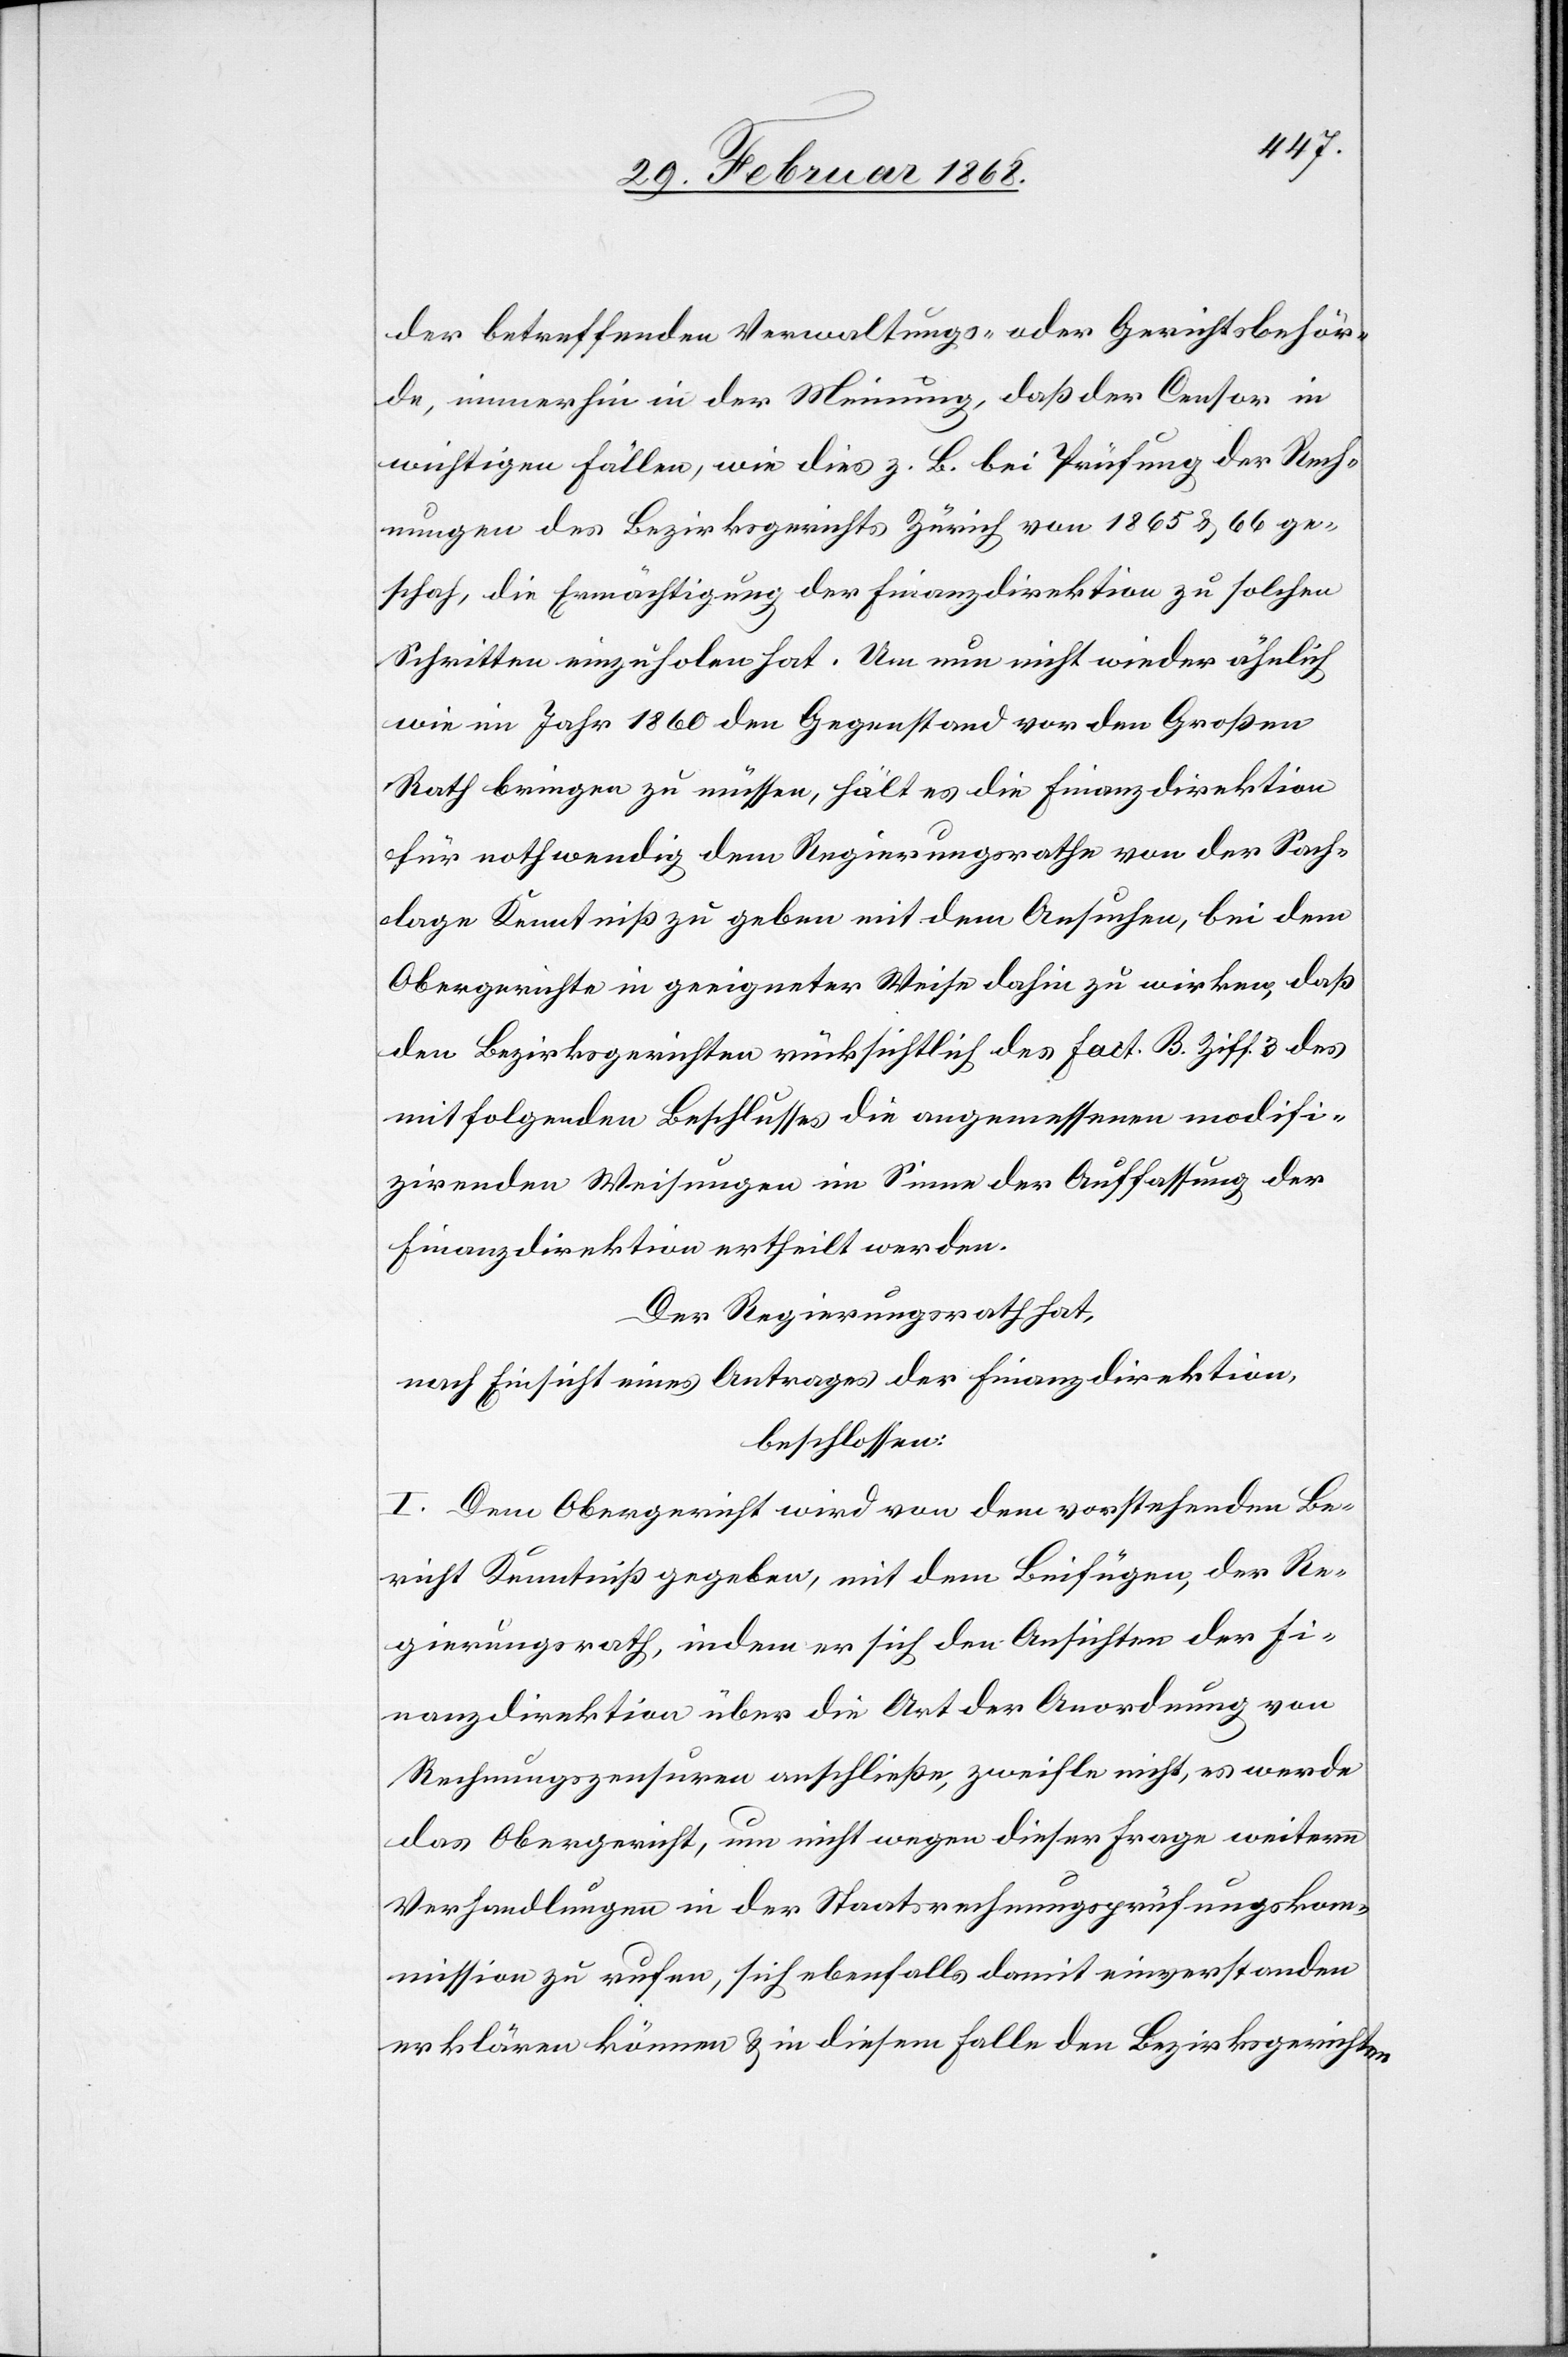
der betreffenden Verwaltungs- oder Gerichtsbehör¬
de, immerhin in der Meinung, daß der Censor in
wichtigen Fällen, wie dies z. B. bei Prüfung der Rech¬
nungen des Bezirksgerichts Zürich von 1865 & 66 ge¬
schah, die Ermächtigung der Finanzdirektion zu solchen
Schritten einzuholen hat. Um nun nicht wieder ähnlich
wie im Jahr 1860 den Gegenstand vor den Großen
Rath bringen zu müssen, hält es die Finanzdirektion
für nothwendig dem Regierungsrathe von der Sach¬
lage Kenntniß zu geben mit dem Ansuchen, bei dem
Obergerichte in geeigneter Weise dahin zu wirken, daß
den Bezirksgerichten rücksichtlich des Fact. B. Ziff. 3 des
mitfolgenden Beschlusses die angemessenen modifi¬
zirenden Weisungen im Sinne der Auffassung der
Finanzdirektion ertheilt werden.
Der Regierungsrath hat,
nach Einsicht eines Antrages der Finanzdirektion,
beschlossen:
I. Dem Obergericht wird von dem vorstehenden Be¬
richt Kenntniß gegeben, mit dem Beifügen, der Re¬
gierungsrath, indem er sich den Ansichten der Fi¬
nanzdirektion über die Art der Anordnung von
Rechnungszensuren anschließe, zweifle nicht, es werde
das Obergericht, um nicht wegen dieser Frage weitern
Verhandlungen in der Staatsrechnungsprüfungskom¬
mission zu rufen, sich ebenfalls damit einverstanden
erklären können & in diesem Falle den Bezirksgerichten